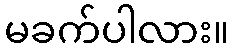
မခက်ပါလား။